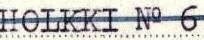
HOLKKI No 6